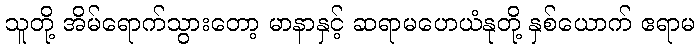
သူတို့ အိမ်ရောက်သွားတော့ မာနာနှင့် ဆရာမဟေယံနုတို့ နှစ်ယောက် ဧရာမ